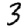
Digit: 3